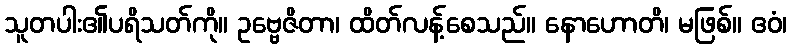
သူတပါး၏ပရိသတ်ကို။ ဥဗ္ဗေဇိတာ၊ ထိတ်လန့်စေသည်။ နောဟောတိ၊ မဖြစ်။ ဧဝံ၊